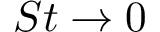
S t \rightarrow 0